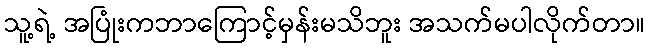
သူ့ရဲ့ အပြုံးကဘာကြောင့်မှန်းမသိဘူး အသက်မပါလိုက်တာ။